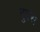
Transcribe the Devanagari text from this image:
बुरस